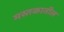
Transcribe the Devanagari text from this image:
मस्तकातील